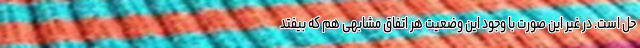
حل است. در غیر این صورت با وجود این وضعیت هر اتفاق مشابهی هم که بیفتد